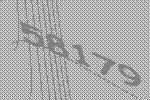
58179